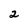
Character: 2